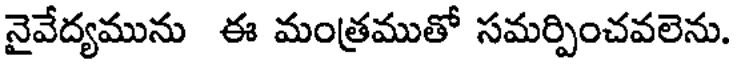
నైవేద్యమును ఈ మంత్రముతో సమర్పించవలెను.